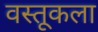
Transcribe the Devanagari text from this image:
वस्तूकला